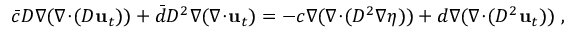
\bar { c } D \nabla ( \nabla \! \cdot \! ( D \mathbf { u } _ { t } ) ) + \bar { d } D ^ { 2 } \nabla ( \nabla \! \cdot \! \mathbf { u } _ { t } ) = - c \nabla ( \nabla \! \cdot \! ( D ^ { 2 } \nabla \eta ) ) + d \nabla ( \nabla \! \cdot \! ( D ^ { 2 } \mathbf { u } _ { t } ) ) \ ,